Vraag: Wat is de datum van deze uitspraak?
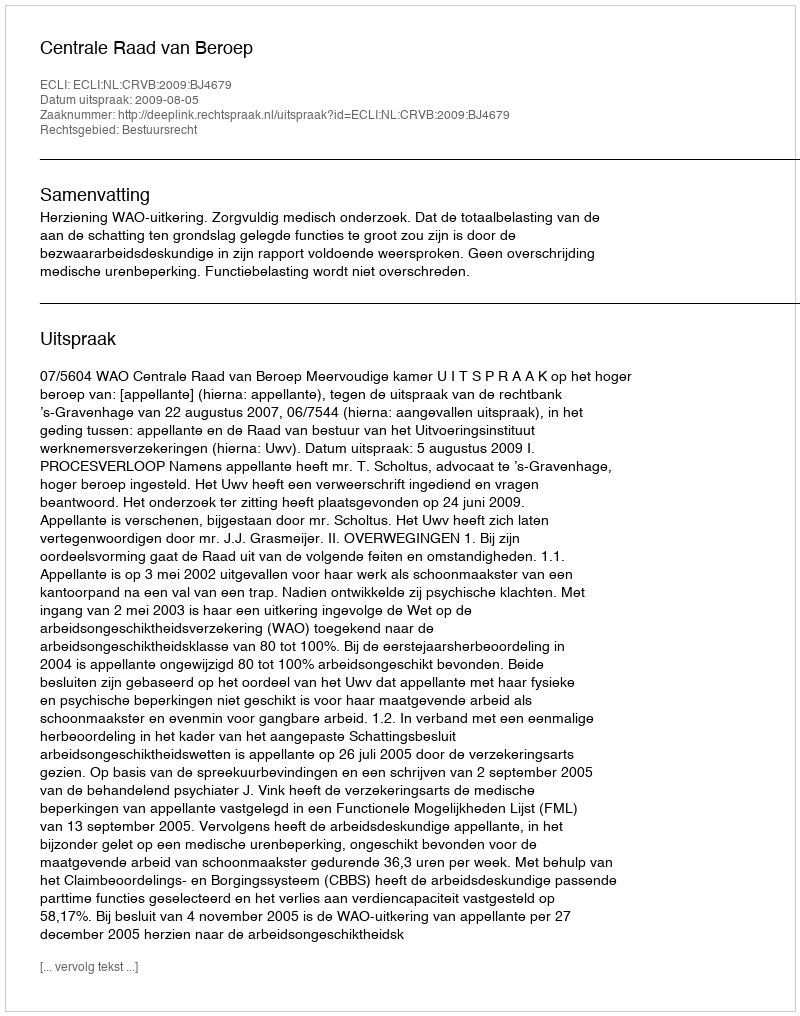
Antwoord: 2009-08-05